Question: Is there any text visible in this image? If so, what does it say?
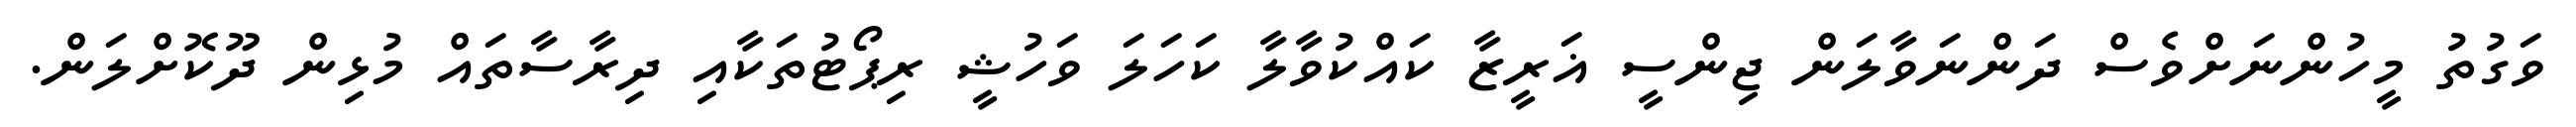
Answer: ވަގުތު މީހުންނަށްވެސް ދަންނަވާލަން ޖިންސީ ޣަރީޒާ ކައްކުވާލާ ކަހަލަ ވަހުޝީ ރިޕޯޓުތަކާއި ދިރާސާތައް މުޅިން ދޫކޮށްލަން.